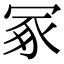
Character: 冢